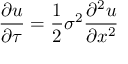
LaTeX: { \frac { \partial u } { \partial \tau } } = { \frac { 1 } { 2 } } \sigma ^ { 2 } { \frac { \partial ^ { 2 } u } { \partial x ^ { 2 } } }